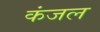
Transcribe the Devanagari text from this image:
कंजल